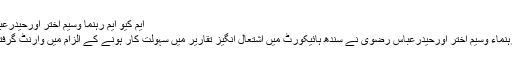
ایم کیو ایم رہنما وسیم اختر اورحیدرعباس رضوی کی ضمانت کیلئے درخواست دائر -
کراچی : نامزد میئر کراچی اور ایم کیو ایم کے رہنماء وسیم اختر اورحیدرعباس رضوی نے سندھ ہائیکورٹ میں اشتعال انگیز تقاریر میں سہولت کار ہونے کے الزام میں وارنٹ گرفتاری کیخلاف ضمانت کی درخواست دائر کردی۔